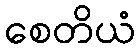
စေတိယံ